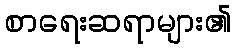
စာရေးဆရာများ၏